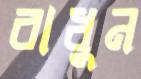
বাধুন